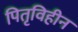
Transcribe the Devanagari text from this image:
पितृविहीन